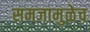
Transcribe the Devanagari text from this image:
समजामुळेच